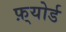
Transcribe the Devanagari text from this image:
फ़्योर्ड